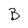
Character: B